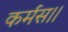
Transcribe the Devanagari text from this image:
कर्मस।।